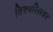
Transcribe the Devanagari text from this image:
तिरुवल्लिवर